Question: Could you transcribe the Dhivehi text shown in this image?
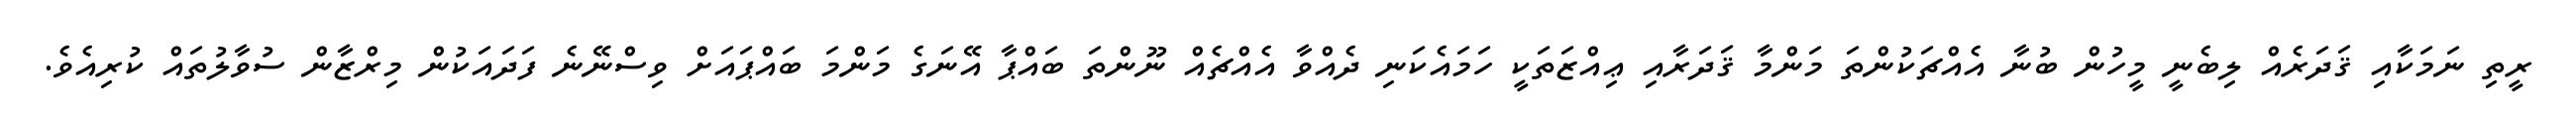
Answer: ރީތި ނަމަކާއި ޤަދަރެއް ލިބެނީ މީހުން ބުނާ އެއްޗަކުންތަ މަންމާ ޤަދަރާއި ޢިއްޒަތަކީ ހަމައެކަނި ދެއްވާ އެއްޗެއް ނޫންތަ ބައްޕާ އޭނަގެ މަންމަ ބައްޕައަށް ވިސްނޭނެ ފަދައަކުން މިރްޒާން ސުވާލުތައް ކުރިއެވެ.